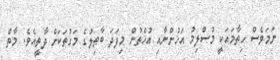
ނަމަވެސް ހިތާމައަކީ މުސްލިމު އަޚުންނާއި އުޚްތުން މިފަދަ ބާޠިލުގެ މަގުތަކަށް ދާތީއެވެ. މާތް